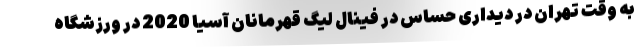
به وقت تهران در دیداری حساس در فینال لیگ قهرمانان آسیا 2020 در ورزشگاه